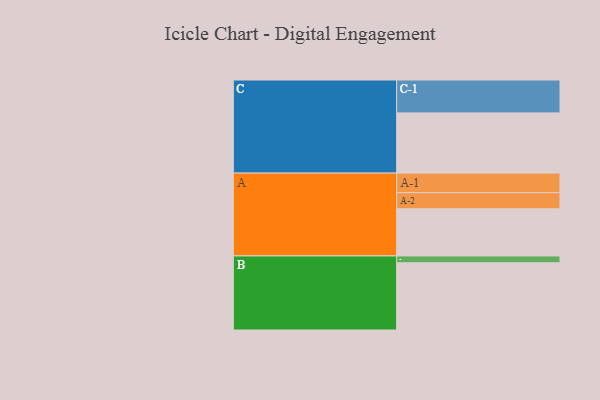
{"axis": {"x": "Segment", "y": "Value"}, "legend": ["", "A", "B", "C"], "data": [{"x": "A", "y": 371, "type": ""}, {"x": "B", "y": 529, "type": ""}, {"x": "C", "y": 474, "type": ""}, {"x": "A-1", "y": 154, "type": "A"}, {"x": "A-2", "y": 127, "type": "A"}, {"x": "B-1", "y": 54, "type": "B"}, {"x": "C-1", "y": 259, "type": "C"}]}